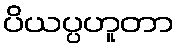
ပိယပ္ပဟူတာ